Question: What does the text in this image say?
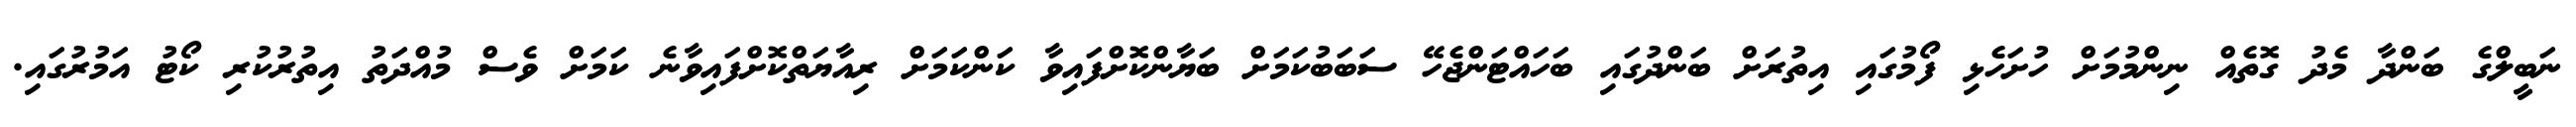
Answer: ނަބީލްގެ ބަންދާ މެދު ގޮތެއް ނިންމުމަށް ހުށަހެޅި ފޯމުގައި އިތުރަށް ބަންދުގައި ބަހައްޓަންޖެހޭ ސަބަބުކަމަށް ބަޔާންކޮށްފައިވާ ކަންކަމަށް ރިއާޔަތްކޮށްފައިވާނެ ކަމަށް ވެސް މުއްދަތު އިތުރުކުރި ކޯޓު އަމުރުގައި.